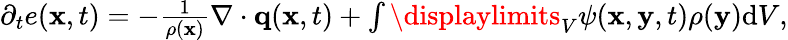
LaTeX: \begin{array}{r}{\partial_{t}e(\mathbf x,t)=-\frac{1}{\rho(\mathbf x)}\nabla\cdot\mathbf q(\mathbf x,t)+\int\displaylimits_{V}\psi(\mathbf x,\mathbf y,t)\rho(\mathbf y)\textrm{d}V,}\end{array}